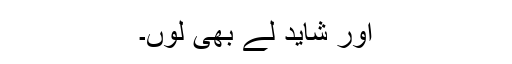
اور شاید لے بھی لوں۔